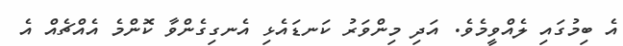
އެ ބިމުގައި ލެއްވީމެވެ. އަދި މިންވަރު ކަނޑައެޅި އެނގިގެންވާ ކޮންމެ އެއްޗެއް އެ